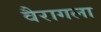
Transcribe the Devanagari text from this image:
वैरागला